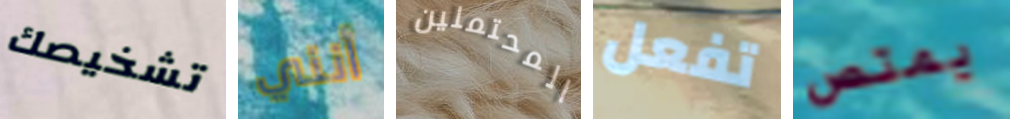
تشخيصك أنني المحتملين تفعل يمتص